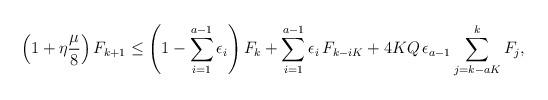
LaTeX: \begin{align*} \left( 1 + \eta \frac{\mu}{8} \right) F_{k+1} \leq \left( 1- \sum_{i=1}^{a-1} \epsilon_i \right) F_k + \sum_{i=1}^{a-1} \epsilon_i \, F_{k-iK} + 4KQ \, \epsilon_{a-1} \sum_{j=k-aK}^k F_j,\end{align*}